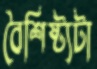
বৈশিষ্ট্যটা